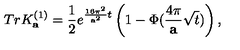
T r K _ { \bf a } ^ { ( 1 ) } = { \frac { 1 } { 2 } } e ^ { { \frac { 1 6 \pi ^ { 2 } } { { \bf a } ^ { 2 } } } t } \left( 1 - \Phi ( { \frac { 4 \pi } { \bf a } } \sqrt { t } ) \right) ,